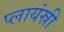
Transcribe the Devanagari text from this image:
प्लायंस्री